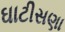
ઘાટીસણા